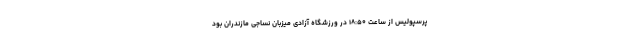
پرسپولیس از ساعت ۱۸:۵۰ در ورزشگاه آزادی میزبان نساجی مازندران بود